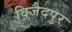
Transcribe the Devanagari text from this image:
विजैदपुर